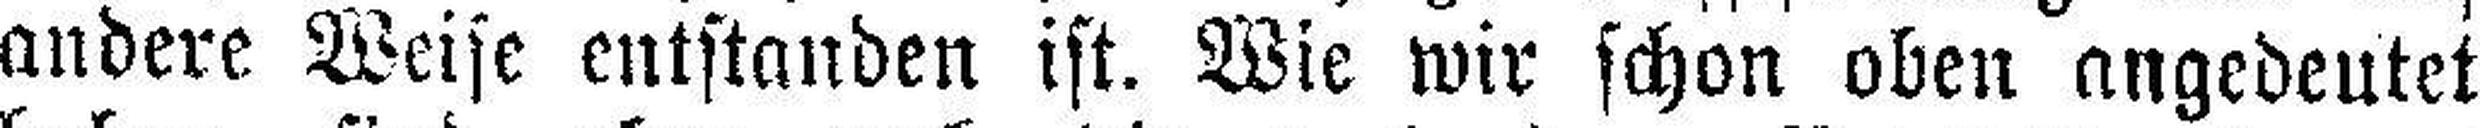
andere Weise entstanden ist. Wie wir schon oben angedeutet